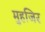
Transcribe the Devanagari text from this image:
मुहजिर